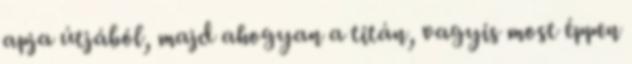
apja útjából, majd ahogyan a titán, vagyis most éppen